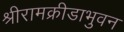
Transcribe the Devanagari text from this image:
श्रीरामक्रीडाभुवन